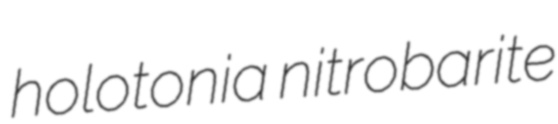
holotonia nitrobarite